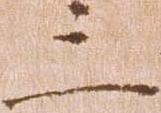
三